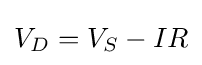
V_{D}=V_{S}-IR